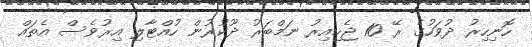
ހޮނިހިރު ދުވަހުގެ ރޭ 10 ޖެހިއިރު ނަމްބަރު ދޫކުރުން ހުއްޓާލި އިރުވެސް އެތައް